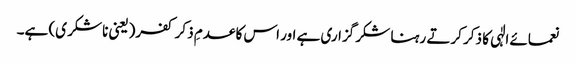
نعمائے الٰہی کا ذکر کرتے رہنا شکر گزاری ہے اور اس کا عدمِ ذکر کفر(یعنی ناشکر ی) ہے۔